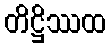
တိဋ္ဌိဿထ